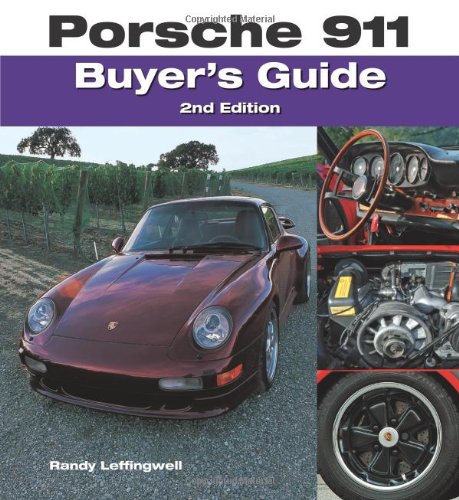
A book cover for Porsche 911 Buyer's Guide: 2nd Edition; Randy Leffingwell; Engineering & Transportation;